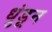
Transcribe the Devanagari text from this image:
धुंडून